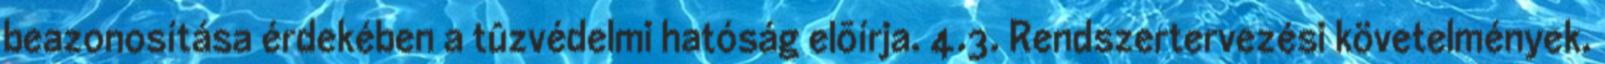
beazonosítása érdekében a tûzvédelmi hatóság elõírja. 4.3. Rendszertervezési követelmények.